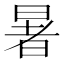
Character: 暑